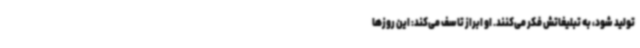
تولید شود، به تبلیغاتش فکر می‌کنند. او ابراز تاسف می‌کند: این روزها